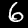
Label: 6